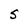
Character: S